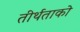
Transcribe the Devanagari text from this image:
तीर्थताको